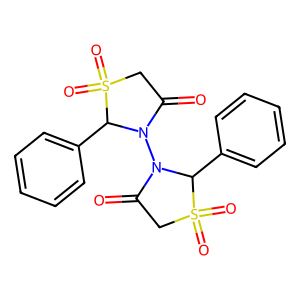
SMILES: O=C1CS(=O)(=O)C(c2ccccc2)N1N1C(=O)CS(=O)(=O)C1c1ccccc1
Inhibits HIV replication: No